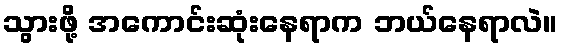
သွားဖို့ အကောင်းဆုံးနေရာက ဘယ်နေရာလဲ။